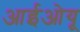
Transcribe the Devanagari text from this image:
आईओयू